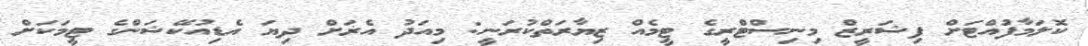
ކޮލަމާފުއްޓަށް ފިޝަރީޒް މިނިސްޓްރީގެ ޓީމެއް ޒިޔާރަތްކުރަނީ: މިއަދު އެރަށް ދިޔަ އެޑިއުކޭޝަންގެ ޓީމަކަށް